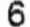
6